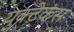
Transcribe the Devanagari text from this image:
युक्टेकंस